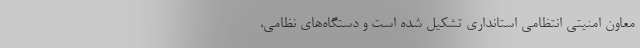
معاون امنیتی انتظامی استانداری تشکیل شده است و دستگاه‌های نظامی،